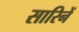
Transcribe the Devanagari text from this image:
सारिनें